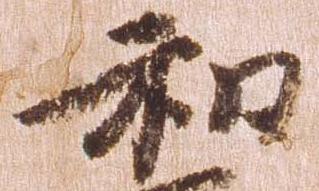
和